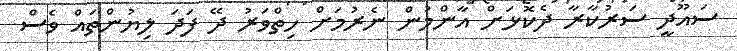
ސައޫދީ ސަރުކާރާ ދެކޮޅަށް އާންމުން ނެރުމަށް ހިތްވަރު ދޭ ފަދަ ލިޔުންތައް ވެސް